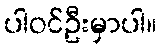
ပါဝင်ဦးမှာပါ။